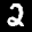
Label: 2